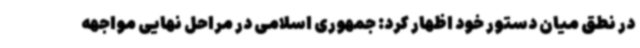
در نطق میان دستور خود اظهار کرد: جمهوری اسلامی در مراحل نهایی مواجهه